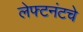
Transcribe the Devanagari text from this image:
लेफ्टनंटचे